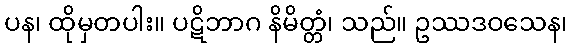
ပန၊ ထိုမှတပါး။ ပဋိဘာဂ နိမိတ္တံ၊ သည်။ ဥဿဒဝသေန၊